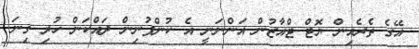
އޭގެ ތެރެއިން ޔޮޓް ޓްއާޒުން އަންނަނީ އެ ކުންފުނިން ދައްކަން ހުރި ގިނަ